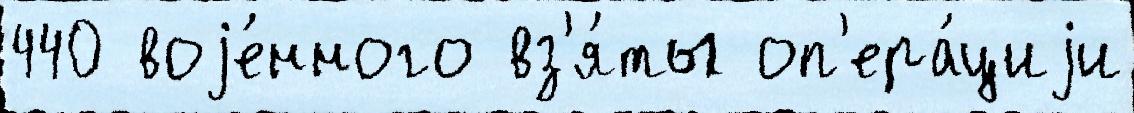
440 воjе́нного вз'я́ты оп'ера́циjи